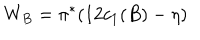
W _ { B } = \pi ^ { * } ( 1 2 c _ { 1 } ( B ) - \eta )